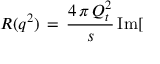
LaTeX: R ( q ^ { 2 } ) \, = \, \frac { 4 \, \pi \, Q _ { t } ^ { 2 } } { s } \, \mathrm { I m } [ \,